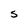
Character: S